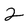
Character: 2